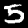
Digit: 5